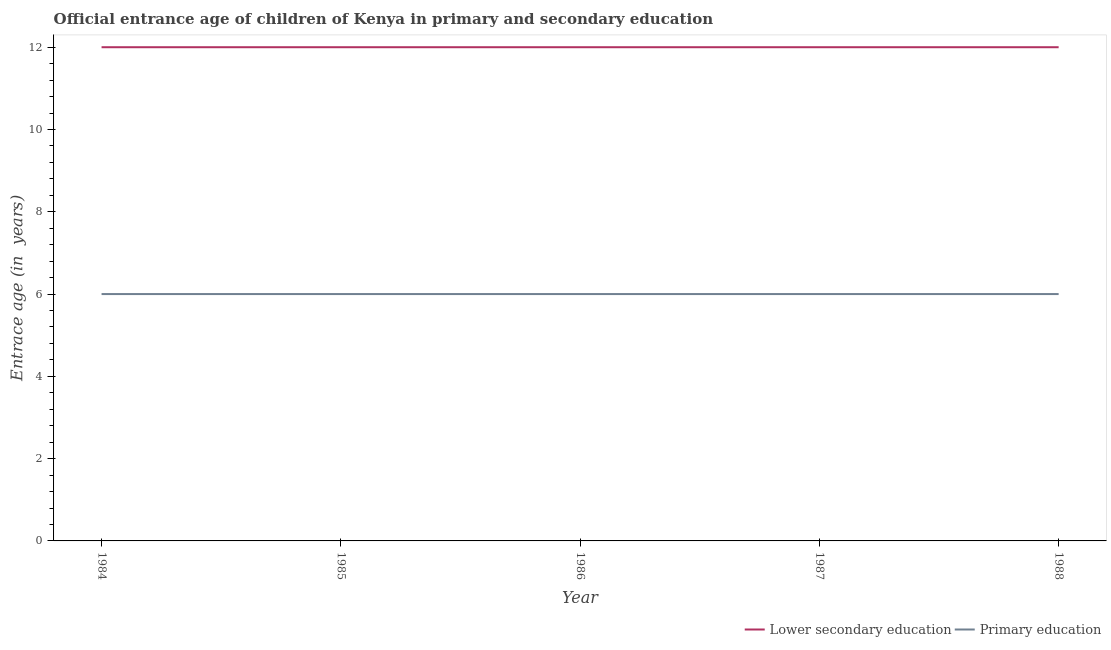
| Year | Lower secondary education | Primary education |
 | --- | --- | --- |
 | 1984 | 12 | 6 |
 | 1985 | 12 | 6 |
 | 1986 | 12 | 6 |
 | 1987 | 12 | 6 |
 | 1988 | 12 | 6 |